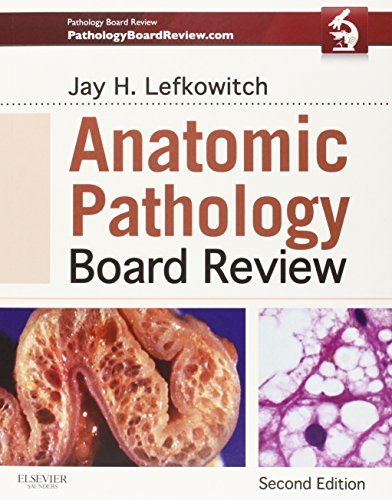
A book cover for Anatomic Pathology Board Review, 2e; Jay H. Lefkowitch MD; Medical Books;